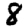
Digit: 8